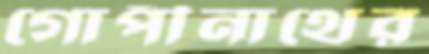
গোপীনাথের